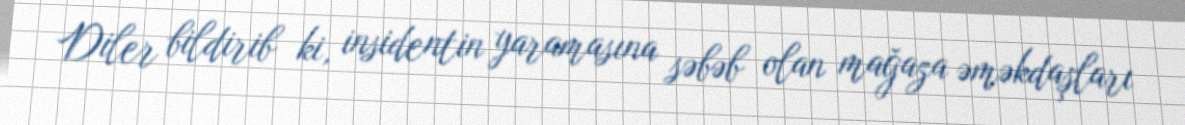
Diler bildirib ki, insidentin yaramasına səbəb olan mağaza əməkdaşları